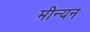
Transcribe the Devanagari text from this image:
मीन्यन